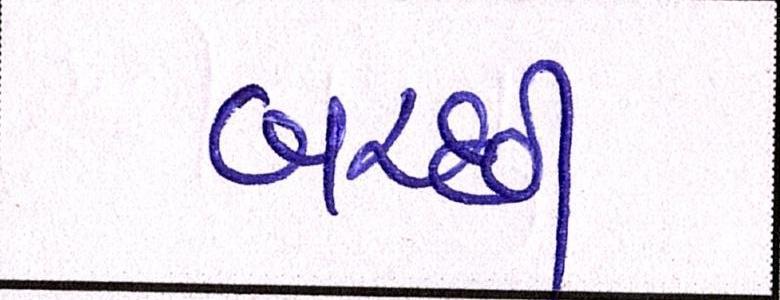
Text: બરછી